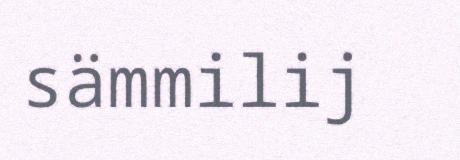
sämmilij